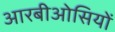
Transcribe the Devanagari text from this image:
आरबीओसियों